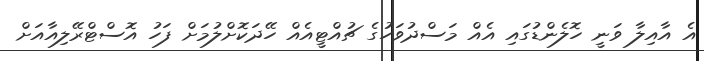
އެ އާއިލާ ވަނީ ހޮލެންޑުގައި އެއް މަސްދުވަހުގެ ޗުއްޓީއެއް ހޭދަކޮށްލުމަށް ފަހު އޮސްޓްރޭލިއާއަށް